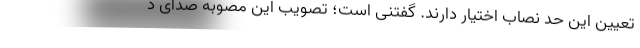
تعیین این حد نصاب اختیار دارند. گفتنی است؛ تصویب این مصوبه صدای د